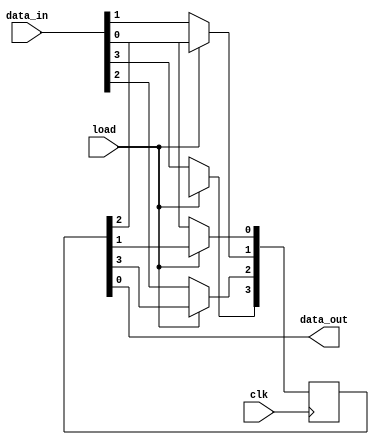
module iiitb_piso (clk, load, data_in, data_out);
  
  input clk, load;
  input [3:0]data_in;
  output data_out;

  // PISO register array to load and shift data
  reg [3:0]q= 0;
  
  always @ (posedge clk) 
  begin
    if (~load)
      q <= data_in;// Load the data to the PISO register array 
    else
    begin // Shift the loaded data 1 bit right; into the serial data out register
      q[0]=q[1];
      q[1]=q[2];
      q[2]=q[3];
      q[3]=1'bx;
    end
  end
  assign data_out= q[0]; //Serial Output
endmodule